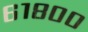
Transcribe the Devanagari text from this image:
६१८००